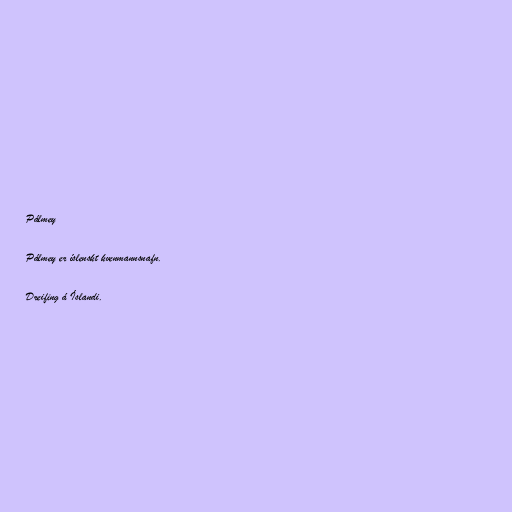
Pálmey

Pálmey er íslenskt kvenmannsnafn.

Dreifing á Íslandi.